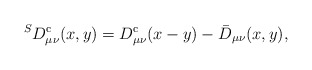
\begin{align*} ^SD^{\rm c}_{\mu\nu}(x,y) = D^{\rm c}_{\mu\nu}(x-y) - \bar{D}_{\mu\nu}(x,y),\end{align*}